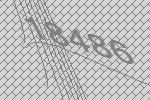
18486